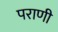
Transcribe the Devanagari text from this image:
पराणी